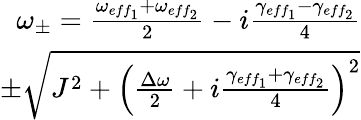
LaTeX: \begin{array}{r}{\omega_{\pm}=\frac{\omega_{eff_{1}}+\omega_{eff_{2}}}{2}-i\frac{\gamma_{eff_{1}}-\gamma_{eff_{2}}}{4}}\\ {\pm\sqrt{J^{2}+\left(\frac{\Delta\omega}{2}+i\frac{\gamma_{eff_{1}}+\gamma_{eff_{2}}}{4}\right)^{2}}}\end{array}